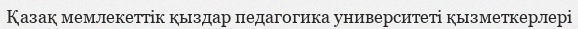
Қазақ мемлекеттік қыздар педагогика университеті қызметкерлері